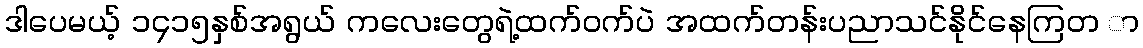
ဒါပေမယ့် ၁၄၁၅နှစ်အရွယ် ကလေးတွေရဲ့ထက်ဝက်ပဲ အထက်တန်းပညာသင်နိုင်နေကြတ ာ